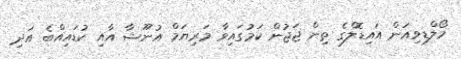
މޯލްޑިވިއަން އައިޑޮލްގެ ތިން ޖަޖުން ކަމުގައިވާ މަރިޔަމް އުނޫޝާ އާއި ކުޑައިއްބެ އަދި